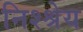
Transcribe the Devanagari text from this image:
निश्श्रेय